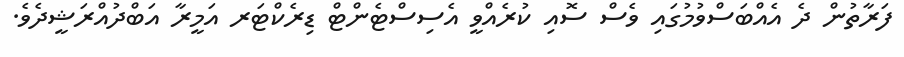
ފަރާތުން ދެ އެއްބަސްވުމުގައި ވެސް ސޮއި ކުރެއްވީ އެސިސްޓެންޓް ޑިރެކްޓަރ އަމީރާ އަބްދުއްރަޝީދެވެ.